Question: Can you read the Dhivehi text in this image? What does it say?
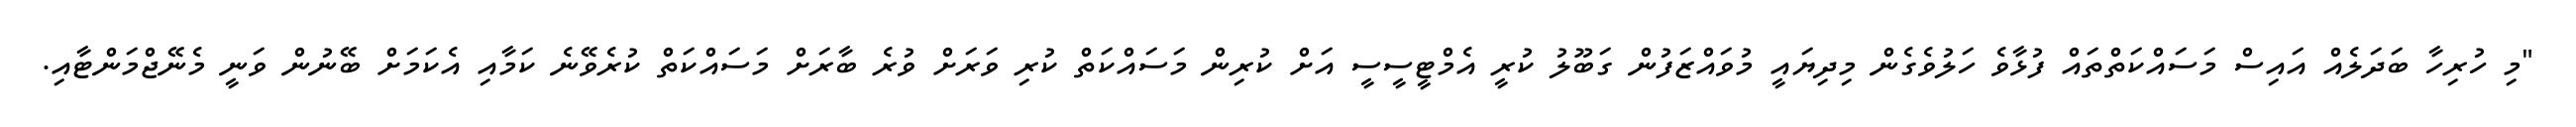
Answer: "މި ހުރިހާ ބަދަލެއް އައިސް މަސައްކަތްތައް ފުޅާވެ ހަލުވެގެން މިދިޔައީ މުވައްޒަފުން ގަބޫލު ކުރީ އެމްޓީސީސީ އަށް ކުރިން މަސައްކަތް ކުރި ވަރަށް ވުރެ ބާރަށް މަސައްކަތް ކުރެވޭނެ ކަމާއި އެކަމަށް ބޭނުން ވަނީ މެނޭޖްމަންޓާއި.